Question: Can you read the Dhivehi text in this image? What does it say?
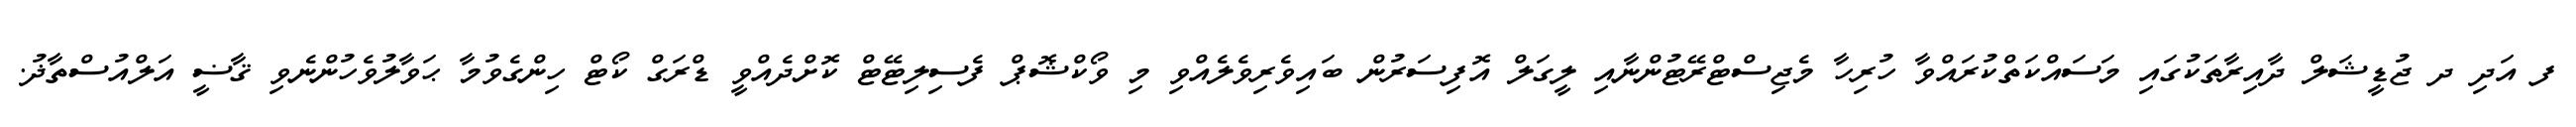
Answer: ފ އަދި ދ ޖުޑީޝަލް ދާއިރާތަކުގައި މަސައްކަތްކުރައްވާ ހުރިހާ މެޖިސްޓްރޭޓުންނާއި ލީގަލް އޮފިސަރުން ބައިވެރިވެލެއްވި މި ވޯކްޝޮޕް ފެސިލިޓޭޓް ކޮށްދެއްވީ ޑްރަގް ކޯޓް ހިންގެވުމާ ޙަވާލުވެހުންނެވި ޤާޟީ އަލްއުސްތާޛު.